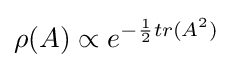
\rho (A)\propto e^{-{\frac {1}{2}}tr(A^{2})}